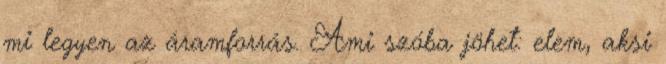
mi legyen az áramforrás. Ami szóba jöhet: elem, aksi